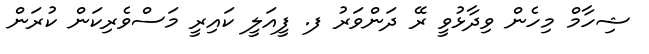
ޝިހާމް މިހެން ވިދާޅުވީ ރޭ ދަންވަރު ފ. ފީއަލީ ކައިރީ މަސްވެރިކަން ކުރަން